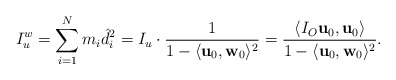
\begin{align*}I^w_u=\sum\limits_{i=1}^{N}m_i\hat d_i^2=I_u\cdot \frac{1}{1-\langle\textbf{u}_0,\textbf{w}_0\rangle^2}=\frac{\langle I_O\textbf{u}_0,\textbf{u}_0\rangle}{1-\langle\textbf{u}_0,\textbf{w}_0\rangle^2}.\end{align*}